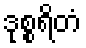
ဒုစ္စရိတံ